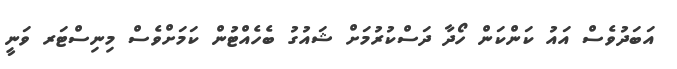
އަބަދުވެސް އައު ކަންކަން ހޯދާ ދަސްކުރުމަށް ޝައުގު ބެހެއްޓުން ކަމަށްވެސް މިނިސްޓަރ ވަނީ